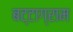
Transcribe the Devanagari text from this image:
बट्टाग्राम